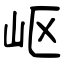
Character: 岖